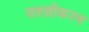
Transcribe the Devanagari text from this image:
सदृशीकरण